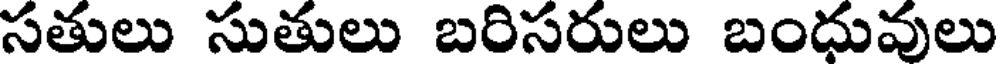
సతులు సుతులు బరిసరులు బంధువులు